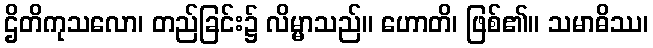
ဌိတိကုသလော၊ တည်ခြင်း၌ လိမ္မာသည်။ ဟောတိ၊ ဖြစ်၏။ သမာဓိဿ၊